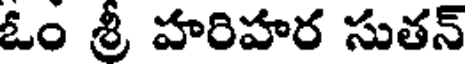
ఓం శ్రీ హరిహర సుతన్